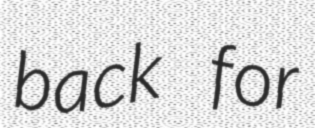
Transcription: back for